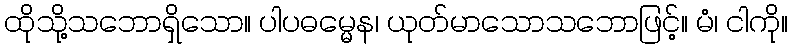
ထိုသို့သဘောရှိသော။ ပါပဓမ္မေန၊ ယုတ်မာသောသဘောဖြင့်။ မံ၊ ငါကို။